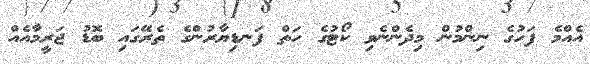
އެއްމެ ފަހުގެ ނިންމުން މިދެންނެވި ކޯޓުގެ ހަތް ފަނޑިޔާރުންގެ ތެރޭގައި ބޮޑު ޖަރީމާއެއް